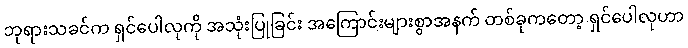
ဘုရားသခင်က ရှင်ပေါလုကို အသုံးပြုခြင်း အကြောင်းများစွာအနက် တစ်ခုကတော့ ရှင်ပေါလုဟာ